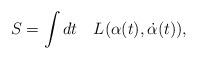
LaTeX: \begin{align*}S=\int dt\quad L(\alpha (t),\dot \alpha (t)),\end{align*}